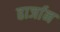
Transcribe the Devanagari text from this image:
हार्जान